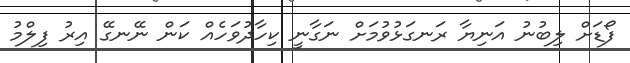
ފޯޑަށް ލިބުނު އަނިޔާ ރަނގަޅުވުމަށް ނަގާނީ ކިހާދުވަހެއް ކަން ނޭނގޭ އިރު ފިލްމު